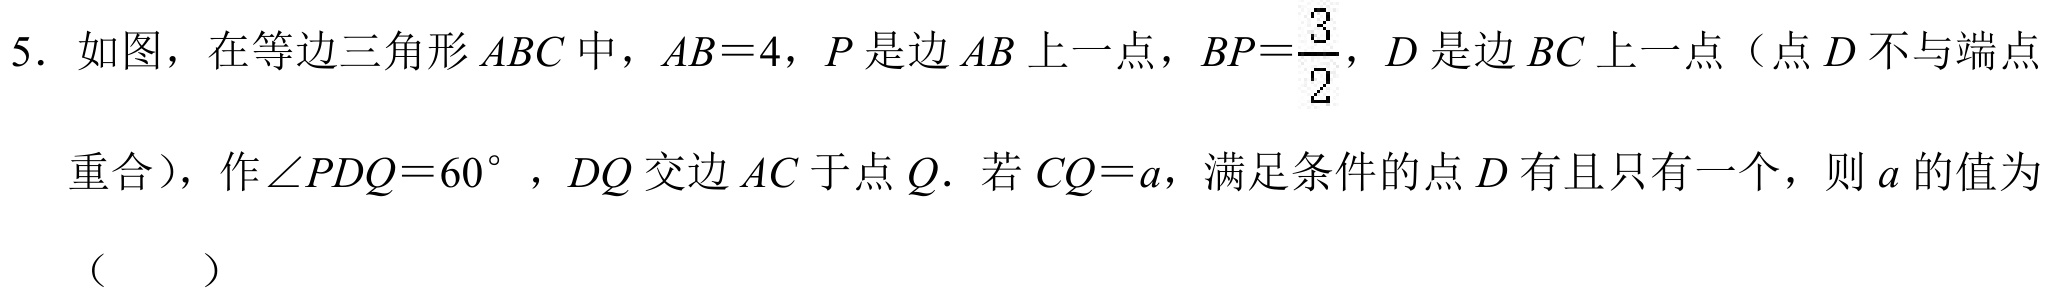
5. 如图，在等边三角形\(ABC\)中，\(AB = 4\)，\(P\)是边\(AB\)上一点，\(BP=\frac{3}{2}\)，\(D\)是边\(BC\)上一点（点\(D\)不与端点重合），作\(\angle PDQ = 60^{\circ}\)，\(DQ\)交边\(AC\)于点\(Q\). 若\(CQ = a\)，满足条件的点\(D\)有且只有一个，则\(a\)的值为（  ）